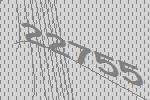
22755